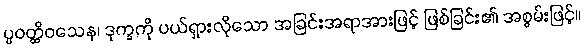
ပ္ပဝတ္ထိဝသေန၊ ဒုက္ခကို ပယ်ရှားလိုသော အခြင်းအရာအားဖြင့် ဖြစ်ခြင်း၏ အစွမ်းဖြင့်။